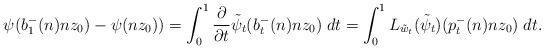
LaTeX: \begin{align*} \psi( b^-_1(n) n z_0)-\psi(nz_0)) = \int_0^1 \frac{\partial}{\partial t} \tilde{\psi}_t( b^-_t(n) n z_0) \;dt =\int_0^1 L_{\tilde{w}_t}( \tilde{\psi}_t)( p^-_t(n) n z_0) \;dt. \end{align*}